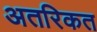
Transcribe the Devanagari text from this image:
अतरिकत